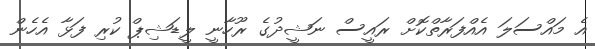
އެ މައްސަލަ އެއްފަރާތްކޮށް ރައީސް ނަޝީދުގެ ރޫހާނީ ލީޑަޝިޕް ކުރި ފަޅާ އެހެން